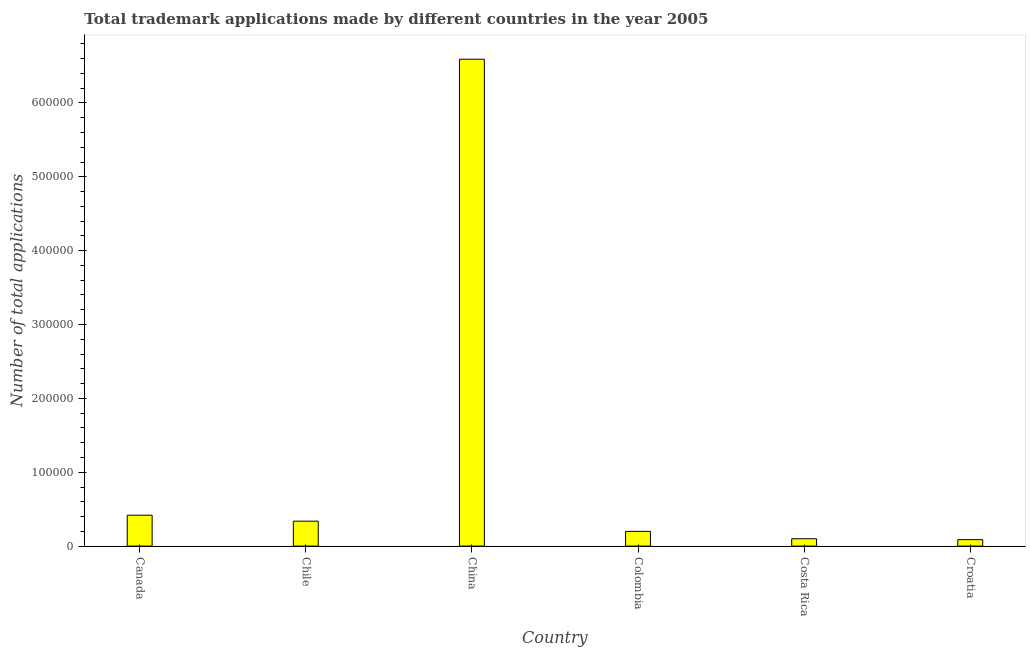
| Country | Trademark applications |
 | --- | --- |
 | Canada | 4.18e+04 |
 | Chile | 3.38e+04 |
 | China | 6.59e+05 |
 | Colombia | 1.99e+04 |
 | Costa Rica | 9.94e+03 |
 | Croatia | 8.73e+03 |